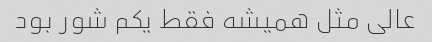
عالی مثل همیشه فقط یکم شور بود